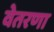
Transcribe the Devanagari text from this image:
वेतरणा